Vaccine operations Central Provinces 1886-1899 - 1886-1899
Year: 1886
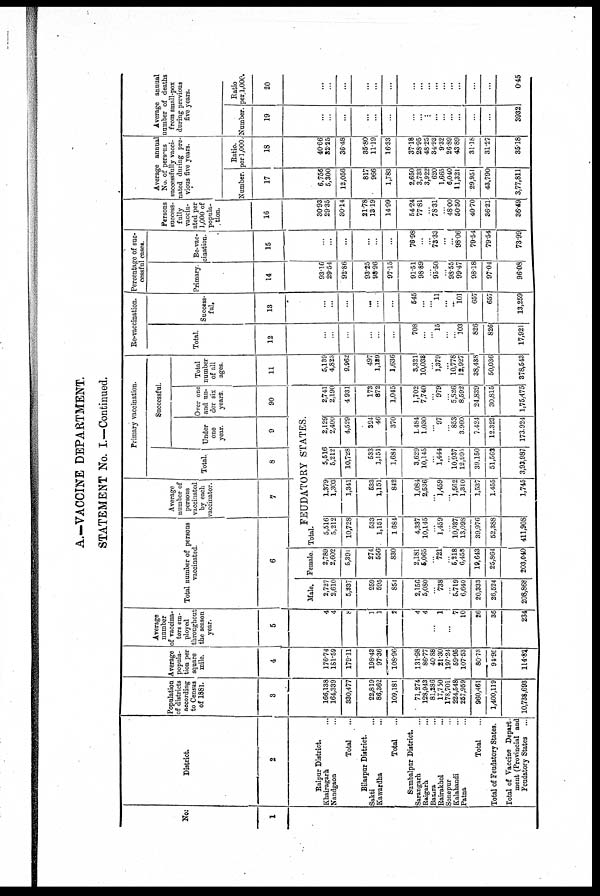
A.—VACCINE DEPARTMENT.
STATEMENT No. I.—Continued.
No.
1
District.
2
Raipur District.
Khairagarh ...
Nandgaon ...
Total ...
Bilaspur District.
Sakti ...
Kawardha ...
Total
...
Sumbalpur District.
Sarangarh ...
Raigarh
...
Bamra ...
Rairakhol ...
Sonepur ...
Kalahandi ...
Patna ...
Total ...
Total of Feudatory States.
Total of Vaccine Depart-
ment (Provincial and
Feudatory States ...
Population
of districts
according
to Census
of 1881.
3
166,138
164,339
330,477
22,819
86,362
109,181
71,274
128,943
81,286
17,750
178,701
224,548
257,959
960,461
1,400,119
10,738,693
Average
popula-
tion per
square
mile.
4
176.74
181.59
179.11
198.431
97.36
108.96
131.98
86.77
40.88
21.30
197.24
59.95
107.53
80.73
94.95
114.82
Average
number
of vaccina-
tors em-
ployed
throughout
the season
year.
5
4
4
8
1
1
2
4
4
...
1
...
7
10
26
36
234
Total number of persons
vaccinated.
6
Male.
2,727
2,610
5,337
259
595
851
2,156
5,080
...
738
...
5,719
6,640
20,333
26,524
208,868
Female.
2,789
2,602
5,391
274
556
830
2,181
5,065
...
721
...
5,218
6,458
19,643
25,864
203,040
Average
number of
persons
vaccinated
by each
vaccinator.
7
Primary vaccination.
Total.
8
Successful.
Under
one
year.
9
FEUDATORY STATES.
Total.
5,516
5,212
10,728
533
1,151
1,684
4,337
10,145
...
1,459
...
10,937
13,098
39,976
52,388
411,908
1,379
1,303
1,341
533
1,151
842
1,084
2,536
... 1,459
...
1,562
1,310
1,537
1,455
1,745
5,516
5,212
10,728
533
1,151
1,684
3,629
10,145
...
1,444
...
10,937
12,995
39,150
51,563
3,93,987
2,129
2,400
4,529
324
46
370
1,484
1,030
...
97
...
853
3,960
7,424
12,323
173,924
Over one
and un-
der six
years.
90
2,741
2,190
4,931
173
872
1,045
1,702
7,740
...
979
...
5,826
8,592
24,839
30,815
1,75,475
Total
number
of all
ages.
11
5,139
4,823
9,962
497
1,139
1,636
3,321
10,038
...
1,379
...
10,778
12,927
38,438
50,036
378,543
Re-vaccination.
Total.
12
...
...
...
...
...
...
708
...
...
15
...
...
103
826
826
17,921
Success-
ful.
13
...
...
...
...
...
...
545
...
...
11
...
...
101
657
657
13,259
Percentage of suc-
cessful cases.
Primary.
14
93.16
29.54
92.86
93.25
98.96
97.15
91.51
98.89
...
95.50
...
98.55
99.47
98.18
97.04
96.08
Re-vac-
cination.
15
...
...
...
...
...
...
76.98
...
...
73.33
...
...
98.06
79.54
79.54
73.99
Persons
success-
fully
vaccin-
ated per
1,000 of
popula-
tion.
16
30.93
29.35
30.14
21.78
13.19
14.99
54.24
77.81
...
78.31
...
48.00
50.50
40.70
36.21
36.49
Average annual
No. of persons
successfully vacci-
nated during pre-
vious five years.
Number.
17
6,756
5,300
12,056
817
966
1,783
2,650
3,733
3,922
620
1,665
6,040
11,321
29,951
43,790
3,77,811
Ratio.
per 1,000
18
40.66
32.25
36.48
35.80
11.19
16.33
37.18
28.95
48.25
34.93
9.32
26.89
43.89
31.18
31.27
35.18
Average annual
number of deaths
from small-pox
during previous
five years.
Number.
19
...
...
...
...
...
...
...
...
...
...
...
...
...
...
...
3932
Ratio
per1,000.
20
...
...
...
...
...
...
...
...
...
...
...
...
...
...
...
0.45